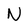
Character: N